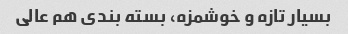
بسیار تازه و خوشمزه، بسته بندی هم عالی